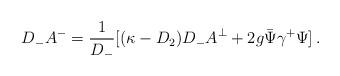
LaTeX: \begin{align*}D_-A^-=\frac{1}{D_-}[(\kappa-D_2)D_-A^\perp+2g\bar{\Psi}\gamma^+\Psi]\,.\end{align*}